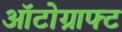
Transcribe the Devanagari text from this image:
ऑटोग्राफ्ट